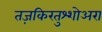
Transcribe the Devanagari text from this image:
तज़किरतुश्शोअरा